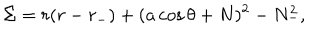
LaTeX: \Sigma = r ( r - r _ { - } ) + ( a \cos \theta + N ) ^ { 2 } - N _ { - } ^ { 2 } ,